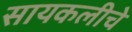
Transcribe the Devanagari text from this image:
सायकलीचे